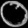
Digit: ၀